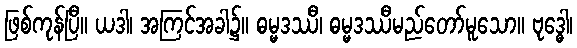
ဖြစ်ကုန်ပြီ။ ယဒါ၊ အကြင်အခါ၌။ ဓမ္မဒဿီ၊ ဓမ္မဒဿီမည်တော်မူသော။ ဗုဒ္ဓေါ၊